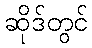
ဆိုဒ်တွင်